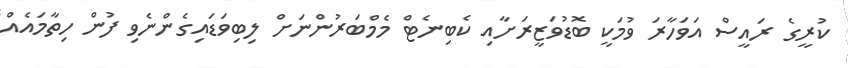
ކުރީގެ ރައީސް އަވަހާރަ ވުމަކީ ބޮޑުވަޒީރަށާއި ކެބިނެޓް މެމްބަރުންނަށް ލިބިވަޑައިގެންނެވި ފުން ހިތާމައެއް